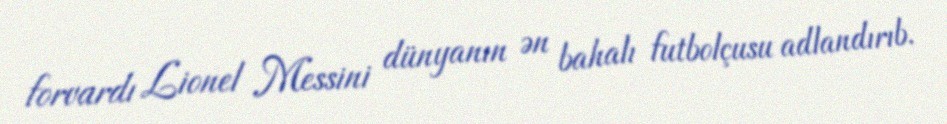
forvardı Lionel Messini dünyanın ən bahalı futbolçusu adlandırıb.